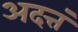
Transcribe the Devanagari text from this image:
अदत्तं